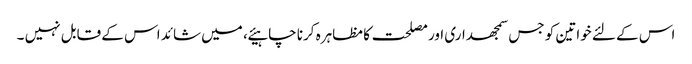
اس کے لئے خواتین کو جس سمجھداری اور مصلحت کا مظاہرہ کرنا چاہیئے ، میں شائد اس کے قابل نہیں ۔